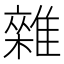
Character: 雜